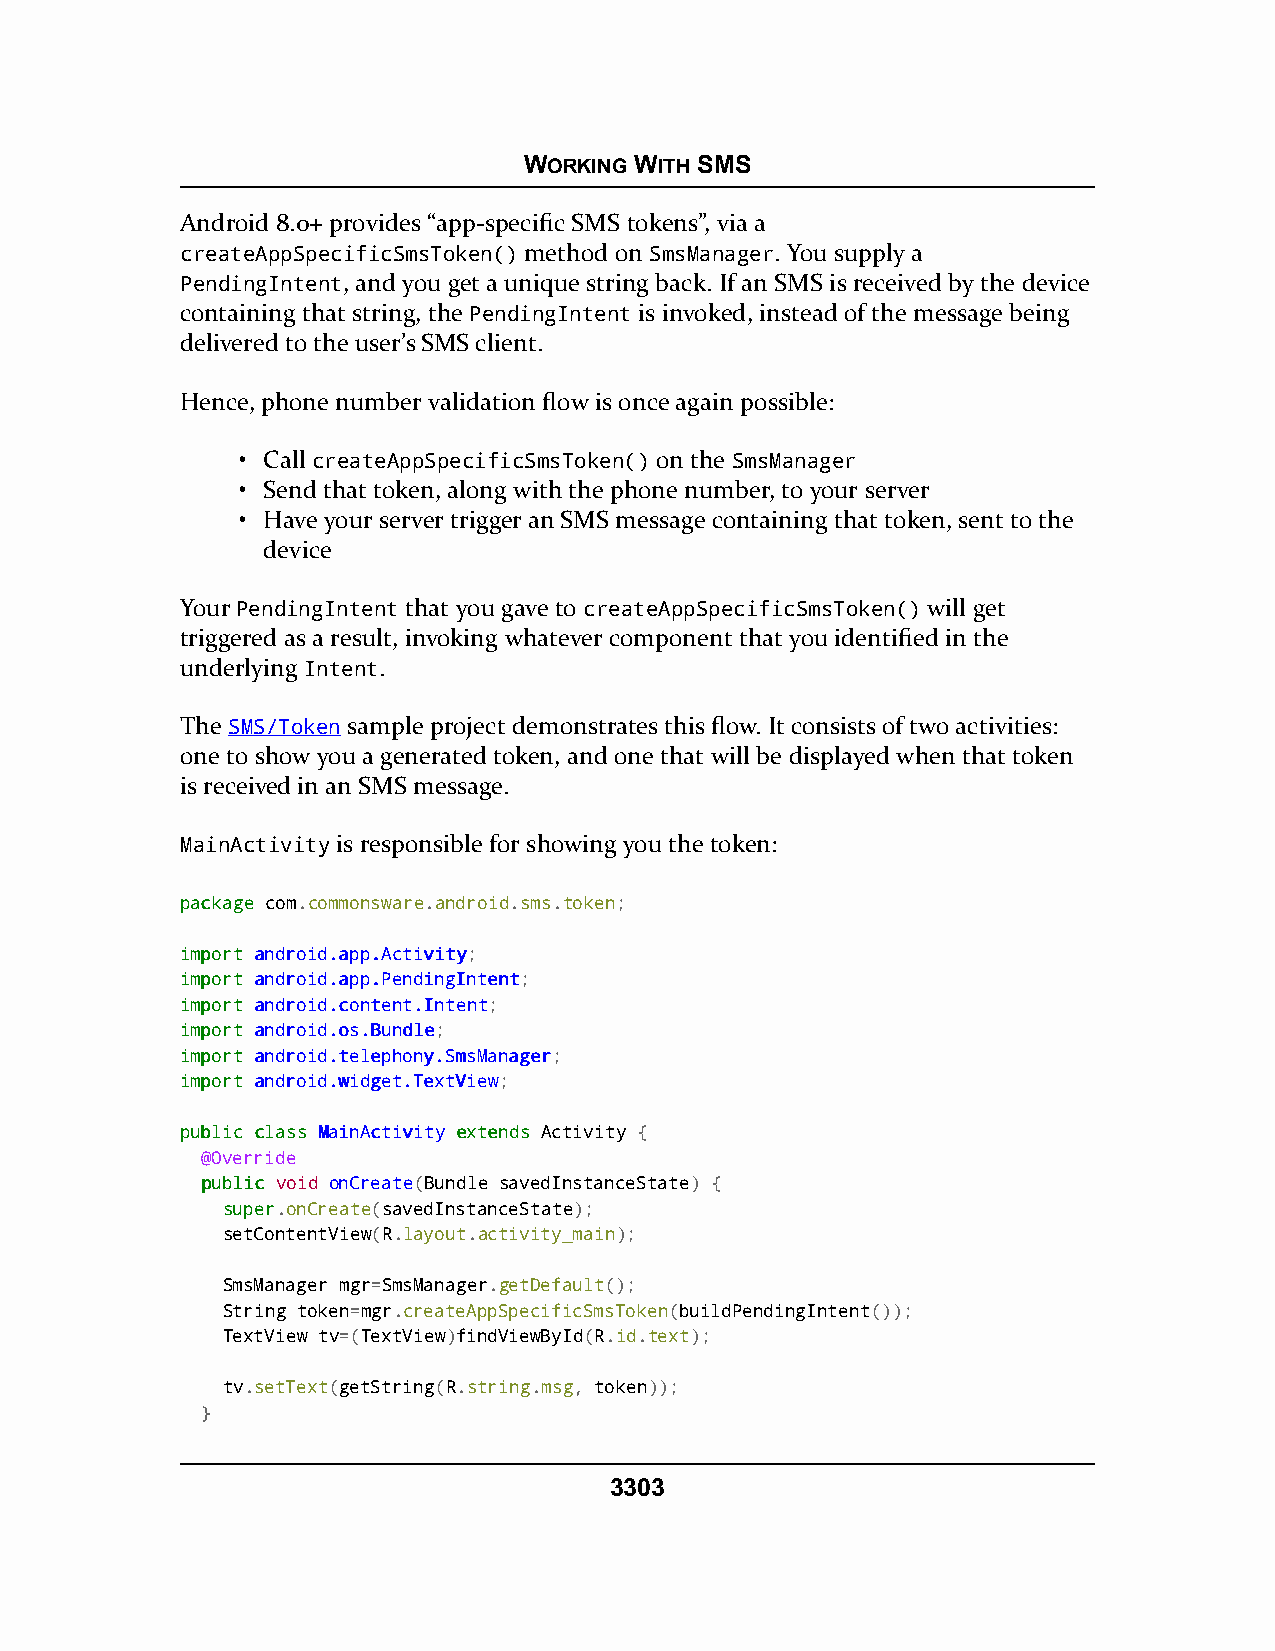
WORKING WITH SMS
 Android 8.0+ provides “app-specific SMS tokens”, via a
 createAppSpecificSmsToken() method on SmsManager. You supply a
 PendingIntent, and you get a unique string back. If an SMS is received by the device
 containing that string, the PendingIntent is invoked, instead of the message being
 delivered to the user’s SMS client.
 Hence, phone number validation flow is once again possible:
 • Call createAppSpecificSmsToken() on the SmsManager
 • Send that token, along with the phone number, to your server
 • Have your server trigger an SMS message containing that token, sent to the
 device
 Your PendingIntent that you gave to createAppSpecificSmsToken() will get
 triggered as a result, invoking whatever component that you identified in the
 underlying Intent.
 The SMS/Token sample project demonstrates this flow. It consists of two activities:
 one to show you a generated token, and one that will be displayed when that token
 is received in an SMS message.
 MainActivity is responsible for showing you the token:
 ppaacckkaaggee com.commonsware.android.sms.token;
 iimmppoorrtt aannddrrooiidd..aapppp..AAccttiivviittyy;
 iimmppoorrtt aannddrrooiidd..aapppp..PPeennddiinnggIInntteenntt;
 iimmppoorrtt aannddrrooiidd..ccoonntteenntt..IInntteenntt;
 iimmppoorrtt aannddrrooiidd..ooss..BBuunnddllee;
 iimmppoorrtt aannddrrooiidd..tteelleepphhoonnyy..SSmmssMMaannaaggeerr;
 iimmppoorrtt aannddrrooiidd..wwiiddggeett..TTeexxttVViieeww;
 ppuubblliicc ccllaassss MMaaiinnAAccttiivviittyy eexxtteennddss Activity {
 @Override
 ppuubblliicc void onCreate(Bundle savedInstanceState) {
 ssuuppeerr.onCreate(savedInstanceState);
 setContentView(R.layout.activity_main);
 SmsManager mgr=SmsManager.getDefault();
 String token=mgr.createAppSpecificSmsToken(buildPendingIntent());
 TextView tv=(TextView)findViewById(R.id.text);
 tv.setText(getString(R.string.msg, token));
 }
 3303